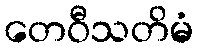
တေဝီသတိမံ